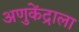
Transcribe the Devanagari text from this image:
अणुकेंद्राला